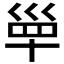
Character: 𡿼